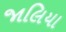
જાલિયા